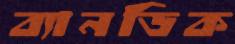
ব্যানডিক